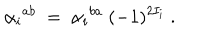
{ \alpha _ { i } } ^ { a b } \ = \ { \alpha _ { i } } ^ { b a } \ ( - 1 ) ^ { 2 I _ { i } } \ .